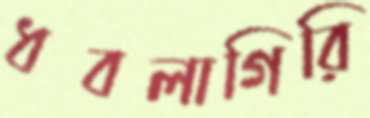
ধবলাগিরি